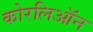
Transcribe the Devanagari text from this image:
कोरलिऑन